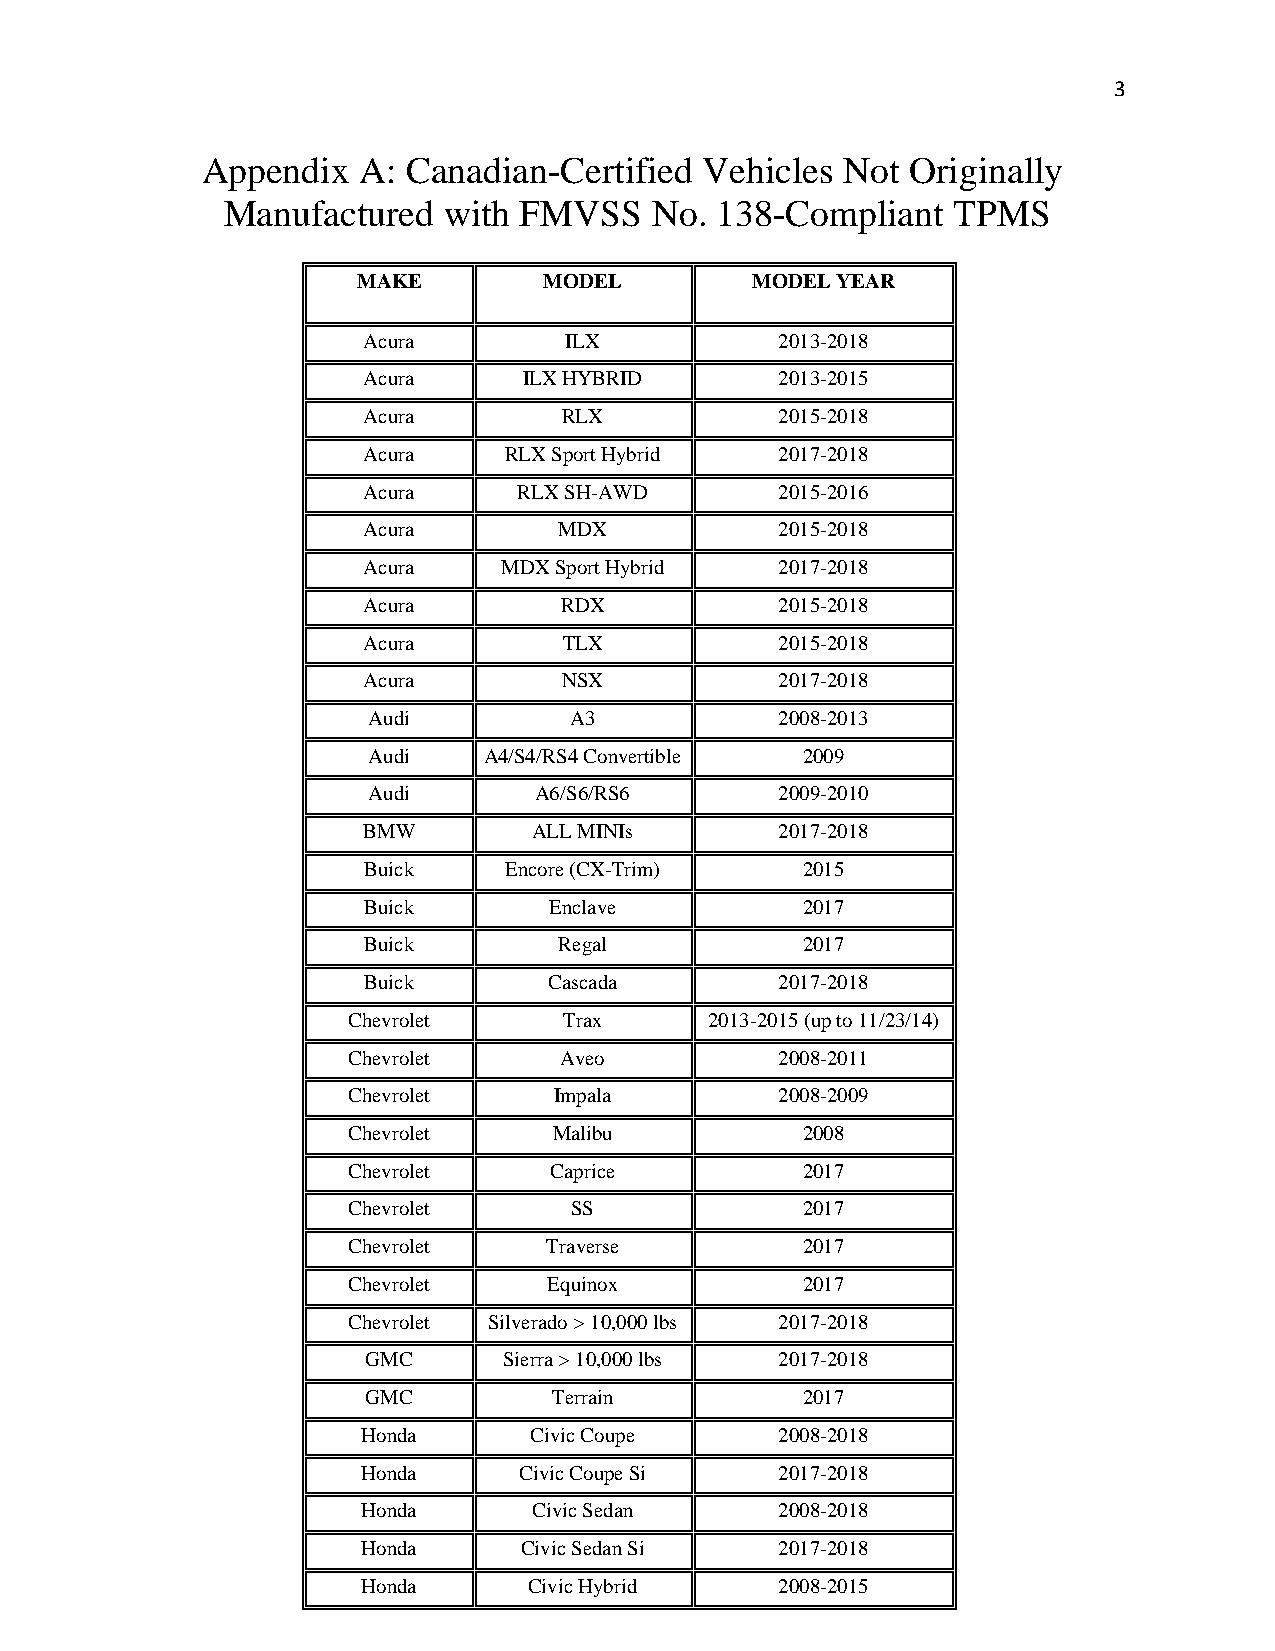
3
 Appendix   A: Canadian-Certified  Vehicles Not Originally
 Manufactured  with FMVSS    No. 138-Compliant   TPMS
 MAKE        MODEL         MODEL YEAR
 Acura        ILX            2013-2018
 Acura      ILX HYBRID       2013-2015
 Acura        RLX            2015-2018
 Acura    RLX Sport Hybrid   2017-2018
 Acura     RLX SH-AWD        2015-2016
 Acura        MDX            2015-2018
 Acura    MDX Sport Hybrid   2017-2018
 Acura        RDX            2015-2018
 Acura        TLX            2015-2018
 Acura        NSX            2017-2018
 Audi          A3            2008-2013
 Audi    A4/S4/RS4 Convertible 2009
 Audi       A6/S6/RS6        2009-2010
 BMW        ALL MINIs        2017-2018
 Buick    Encore (CX-Trim)    2015
 Buick       Enclave          2017
 Buick        Regal           2017
 Buick       Cascada         2017-2018
 Chevrolet     Trax      2013-2015 (up to 11/23/14)
 Chevrolet     Aveo           2008-2011
 Chevrolet     Impala         2008-2009
 Chevrolet     Malibu          2008
 Chevrolet    Caprice          2017
 Chevrolet      SS             2017
 Chevrolet    Traverse         2017
 Chevrolet    Equinox          2017
 Chevrolet Silverado > 10,000 lbs 2017-2018
 GMC      Sierra > 10,000 lbs 2017-2018
 GMC          Terrain         2017
 Honda      Civic Coupe      2008-2018
 Honda     Civic Coupe Si    2017-2018
 Honda      Civic Sedan      2008-2018
 Honda     Civic Sedan Si    2017-2018
 Honda      Civic Hybrid     2008-2015